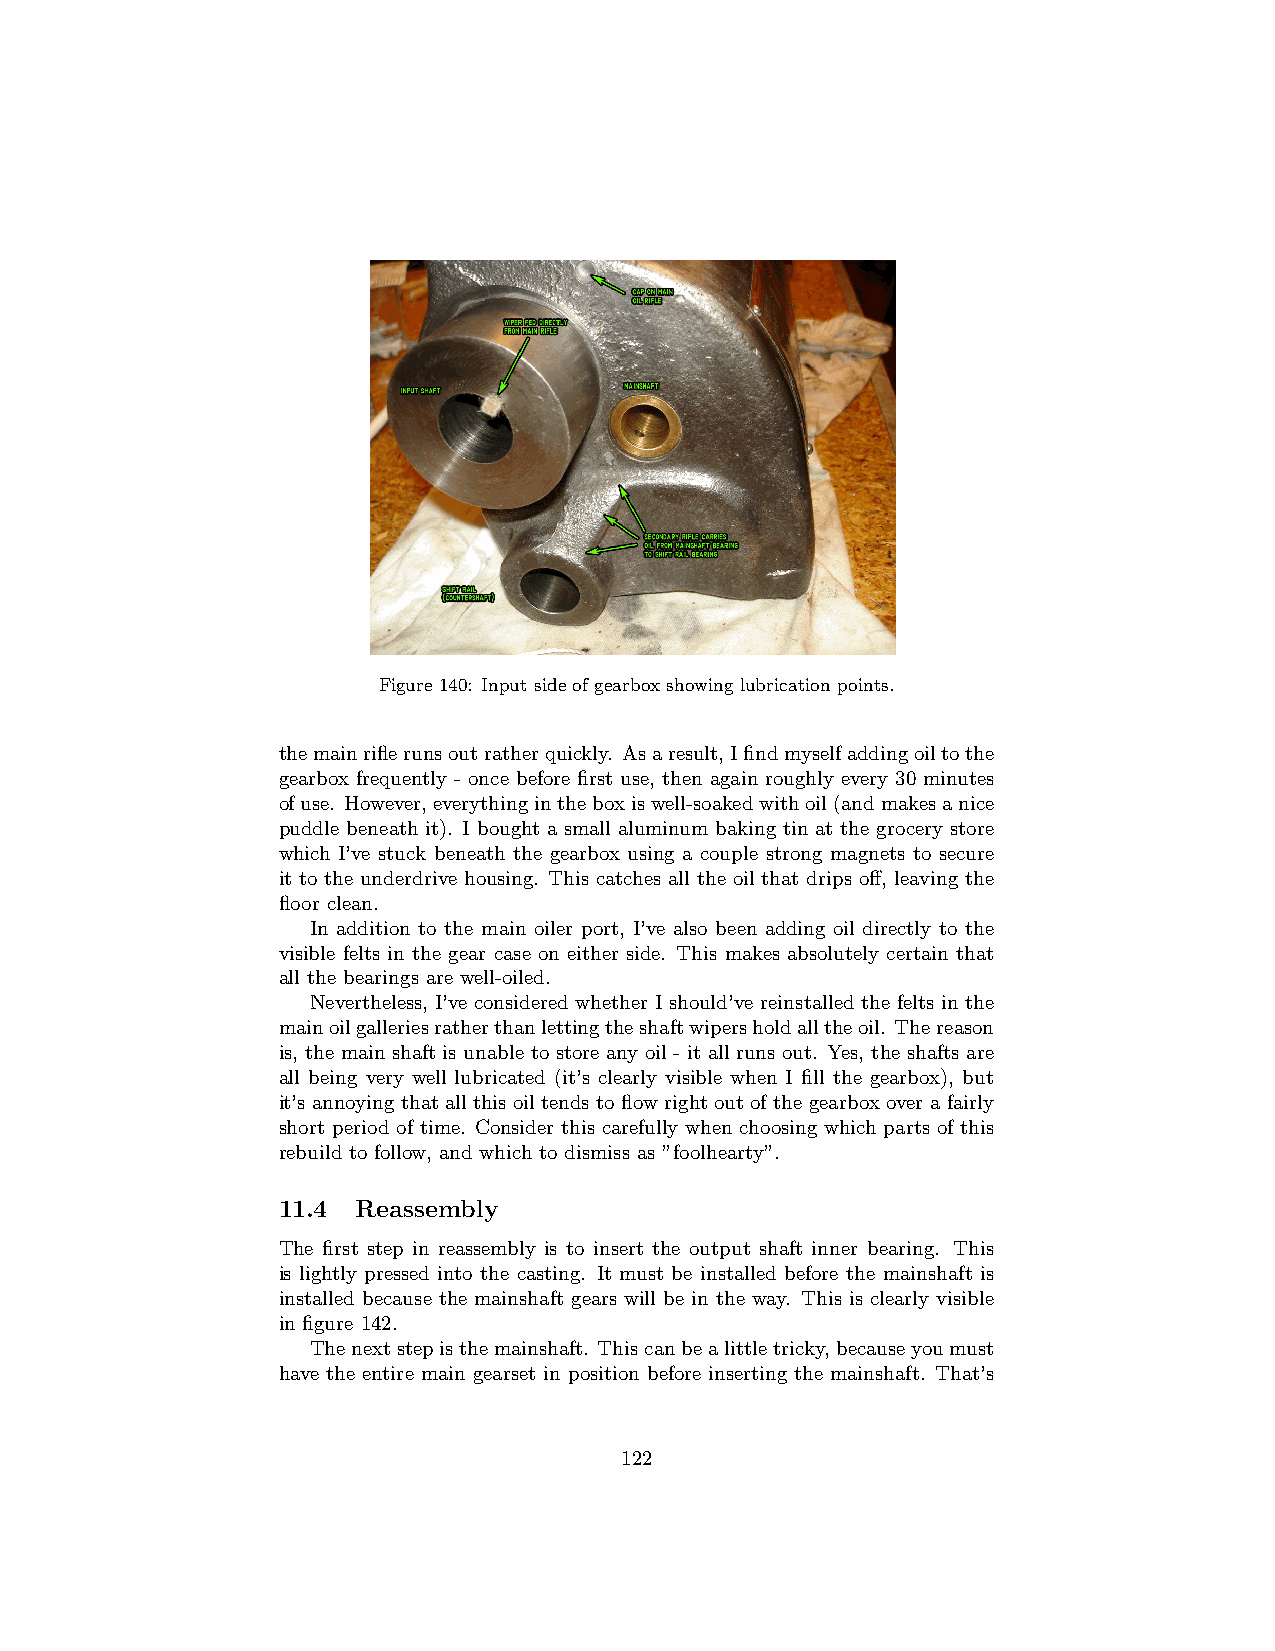
Figure 140: Input side of gearbox showing lubrication points.
 themainriflerunsoutratherquickly. Asaresult,Ifindmyselfaddingoiltothe
 gearbox frequently - once before first use, then again roughly every 30 minutes
 ofuse. However,everythingintheboxiswell-soakedwithoil(andmakesanice
 puddle beneath it). I bought a small aluminum baking tin at the grocery store
 which I’ve stuck beneath the gearbox using a couple strong magnets to secure
 it to the underdrive housing. This catches all the oil that drips off, leaving the
 floor clean.
 In addition to the main oiler port, I’ve also been adding oil directly to the
 visible felts in the gear case on either side. This makes absolutely certain that
 all the bearings are well-oiled.
 Nevertheless, I’ve considered whether I should’ve reinstalled the felts in the
 mainoilgalleriesratherthanlettingtheshaftwipersholdalltheoil. Thereason
 is, the main shaft is unable to store any oil - it all runs out. Yes, the shafts are
 all being very well lubricated (it’s clearly visible when I fill the gearbox), but
 it’s annoying that all this oil tends to flow right out of the gearbox over a fairly
 short period of time. Consider this carefully when choosing which parts of this
 rebuild to follow, and which to dismiss as ”foolhearty”.
 11.4  Reassembly
 The first step in reassembly is to insert the output shaft inner bearing. This
 is lightly pressed into the casting. It must be installed before the mainshaft is
 installed because the mainshaft gears will be in the way. This is clearly visible
 in figure 142.
 Thenextstepisthemainshaft. Thiscanbealittletricky,becauseyoumust
 have the entire main gearset in position before inserting the mainshaft. That’s
 122